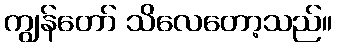
ကျွန်တော် သိလေတော့သည်။